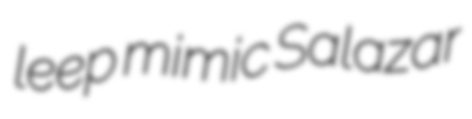
leep mimic Salazar